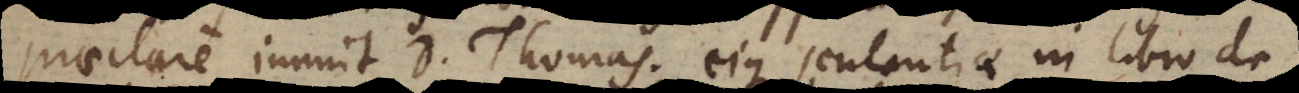
praeclare innuit D. Thomas; eique sententiae in libro de